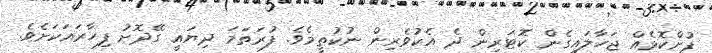
ފުށްކޮޅެއް ޖަހާލައިގެން ކޮޓަރިން ދެ އެކުވެރިން ނުކުތީމެވެ. ފުރަތަމަ ދިޔައީ ގޭދޮށު ފިހާރައަކަށެވެ.